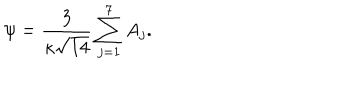
{ \psi = \frac { 3 } { \kappa \sqrt { 1 4 } } \sum _ { j = 1 } ^ { 7 } A _ { j } . }